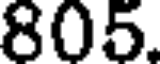
805.